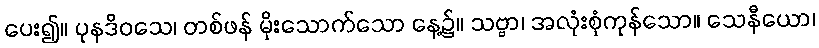
ပေး၍။ ပုနဒိဝသေ၊ တစ်ဖန် မိုးသောက်သော နေ့၌။ သဗ္ဗာ၊ အလုံးစုံကုန်သော။ သေနီယော၊